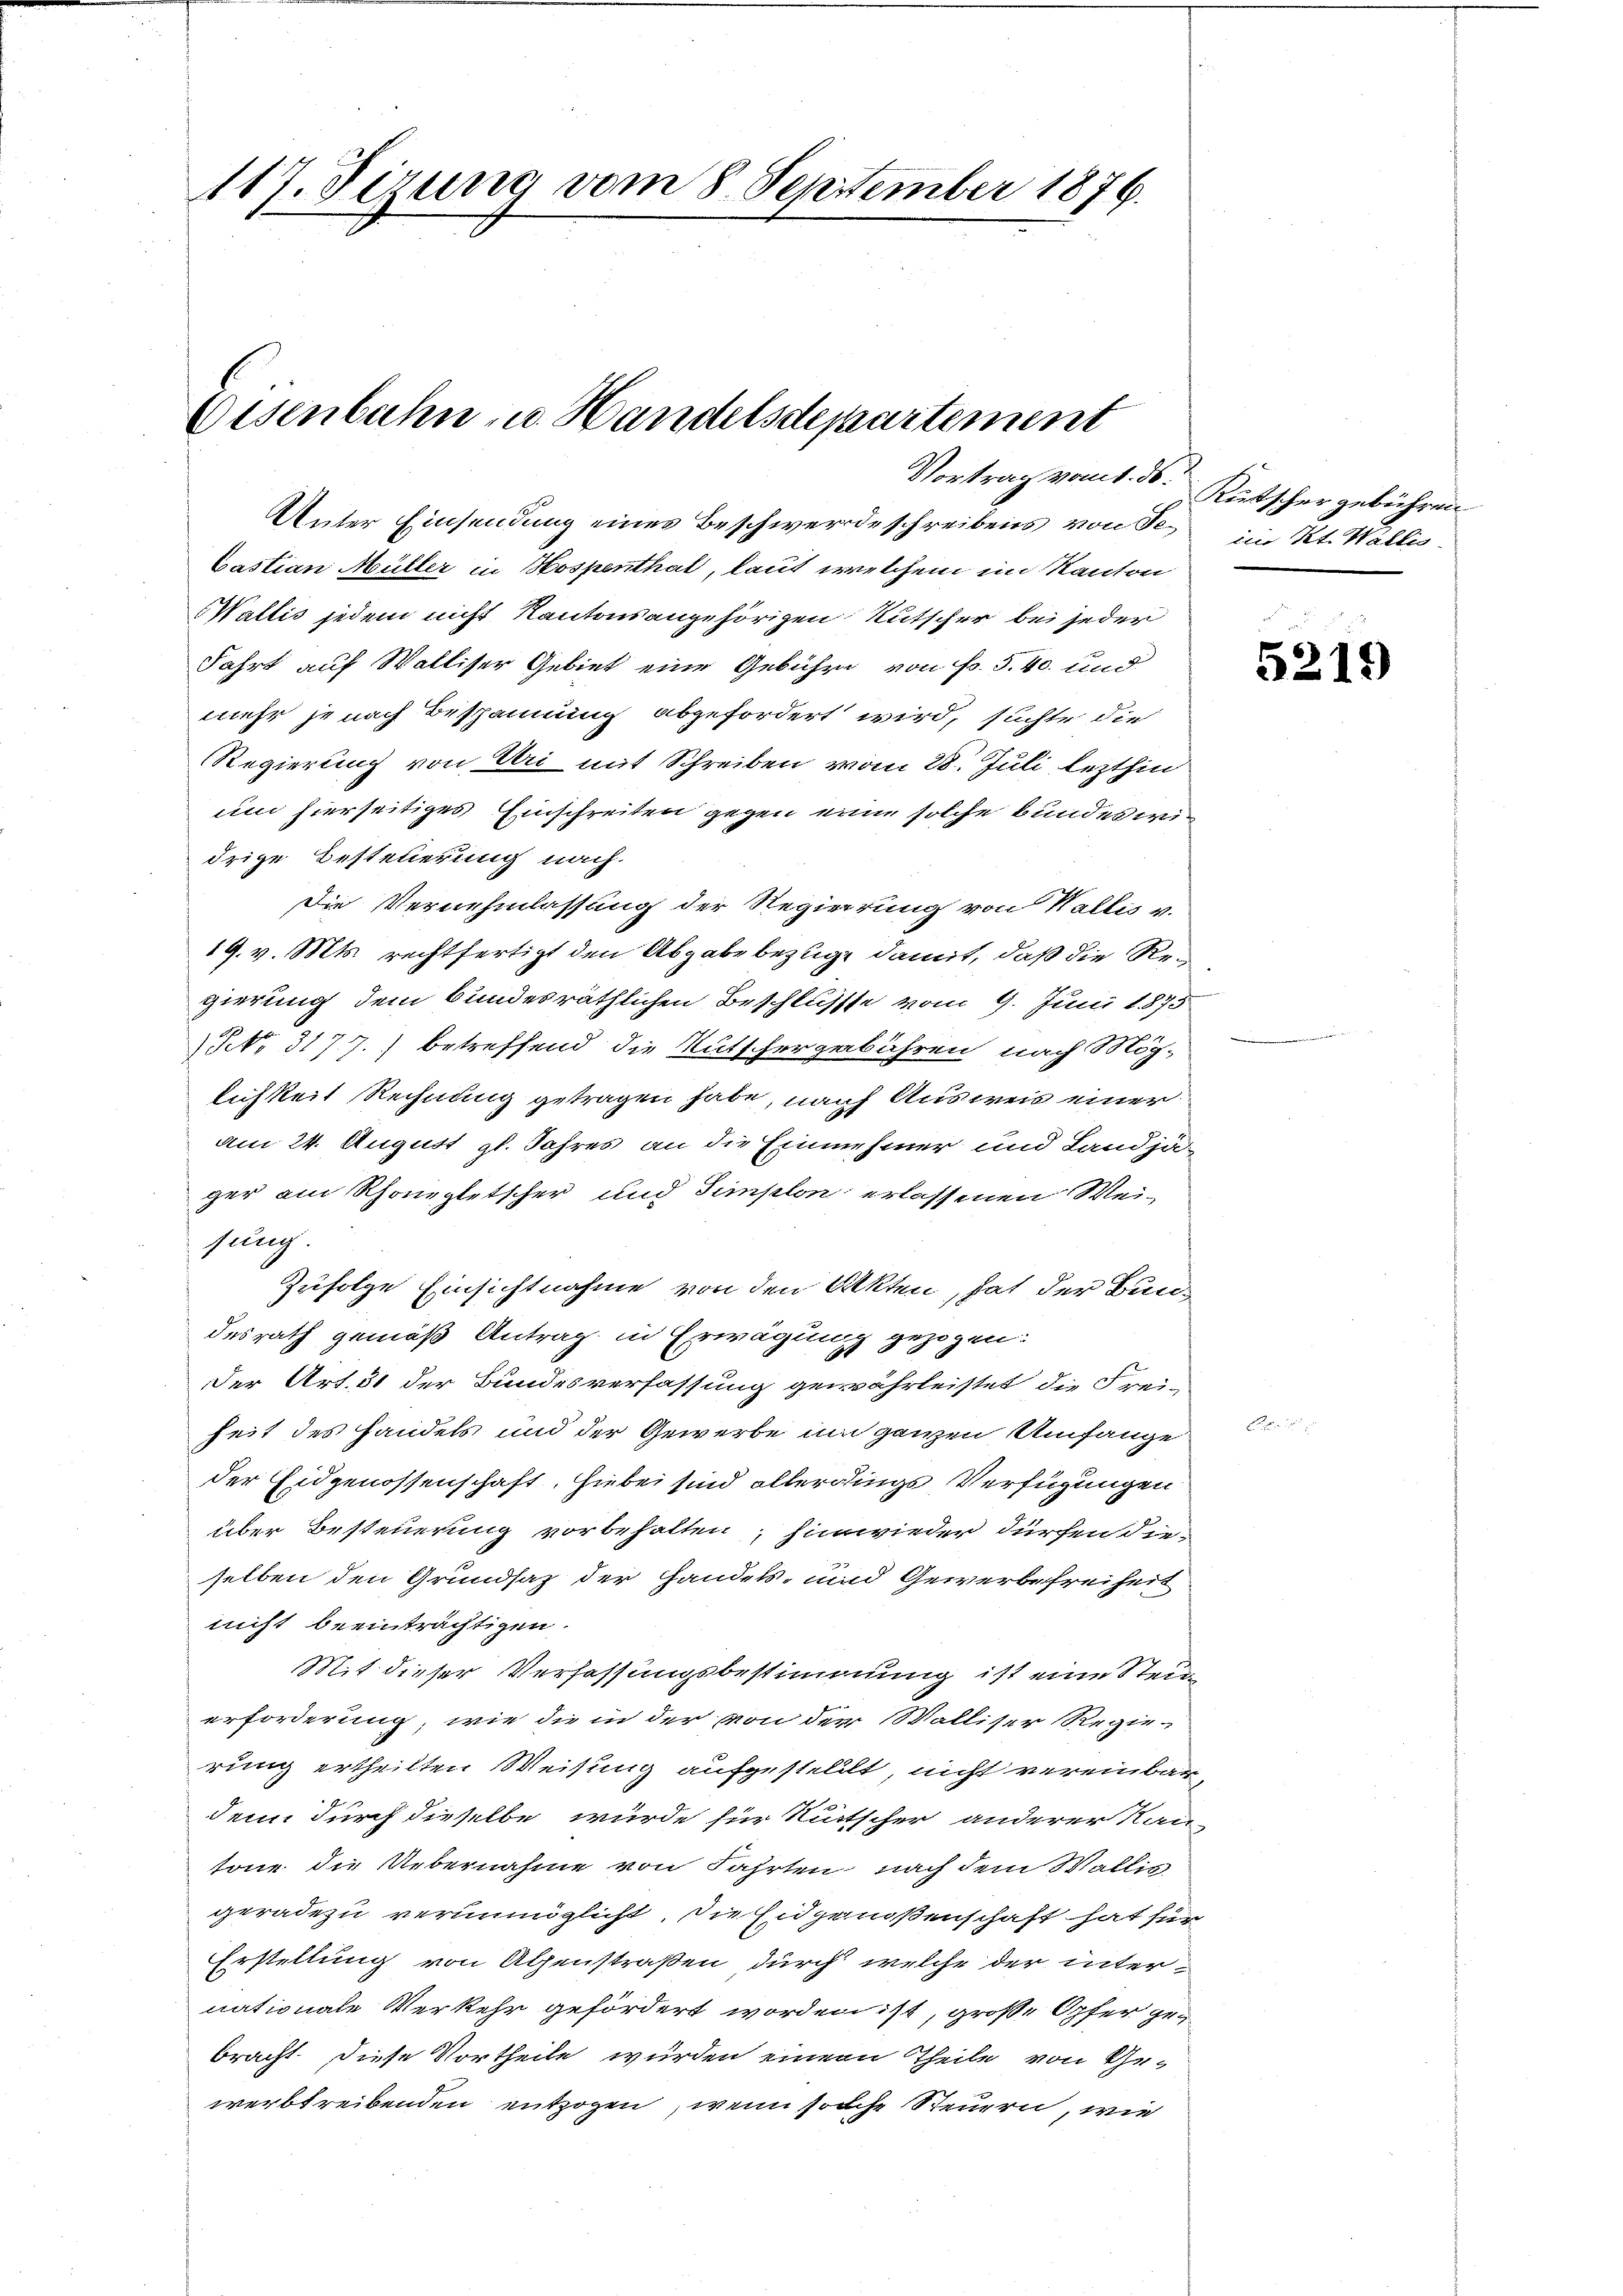
117. Sizung vom 8. September 1876.

Eisenbahn u. Handelsdepartement

Unter Einsendung eines Beschwerdeschreibens von Sebastian Müller in Hospenthal, laut welchem im Kanton
Wallis jedem nicht Kantonsangehörigen Rutscher bei jeder
Fahrt auf Walliser Gebiet eine Gebühr von Fr. 5.40 und
mehr je nach Bespannung abgefordert wird, suchte die
Regierung von Uri mit Schreiben vom 28. Juli lezthin
um hierseitiges Einschreiten gegen eine solche bundes wi
drige Besteuerung nach.
Die Vernehmlassung der Regierung von Wallis v.
19. v. Mts. rechtfertigt den Abgabe bezüge damit, daß die Regierung dem bundesräthlichen Beschlüsse vom 9. Juni 1875
NNo. 317.7.) betreffend die Kutschergebühren nach Mög-
lichkeit Rechnung getragen habe, nach Ausweis einer
am 24. August gl. Jahres an die Einnehmer und Landjäger am Rhongletscher und Simplon erlassenen Weisung.
Zufolge Einsichtnahme von den Akten, hat der Bundesrath gemäß Antrag in Erwägung gezogen:
der Art. 31 der Bundesverfassung gewährleistet die Frei-
heit des Handels und der Gewerbe um ganzen Umfange
der Eidgenossenschaft, hiebei sind allerdings Verfügungen
über Besteuerung vorbehalten, hinwieder dürfen die-
selben den Grundsaz der Handels- und Gewerbefreiheit
nicht beeinträchtigen.
Mit dieser Verfassungsbestimmung ist eine Stein
erforderung, wie die in der von der Walliser Regie-
rung ertheilten Weisung aufgestelllt, nicht vereinbar
den durch dieselbe würde für Rutscher anderer Kan-
tone die Uebernahme von Fahrten nach dem Wallis
geradezu verunmöglicht, die Eidgenoßenschaft hat für
Erstellung von Achenstraßen durch welche der inter-
nationale Verkehr gefördert worden ist, große Opfer gebracht. Diese Vortheile wurden einem Theile von Ge-
werstreibenden entzogen, wenn solche Steuern, wie

Vortrag vom 1. ds. Rutscher gebühren
im Kt. Wallis.

5219